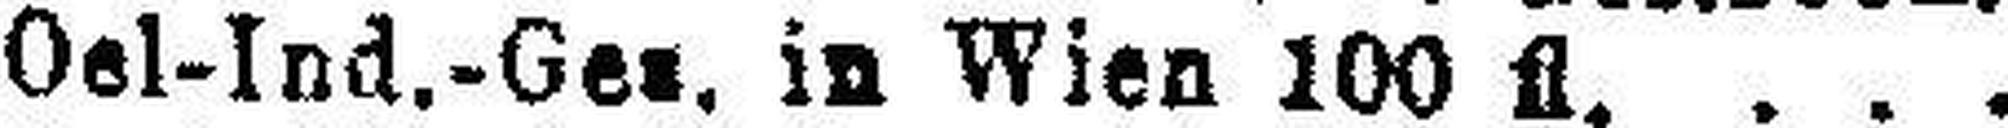
Oel-Ind.-Ges. in Wien 100 fl.